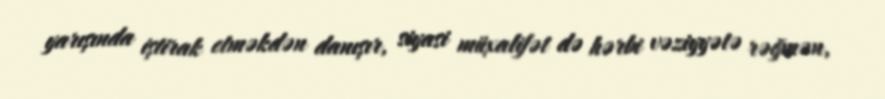
yarışında iştirak etməkdən danışır, siyasi müxalifət də hərbi vəziyyətə rəğmən,